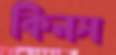
কিনস